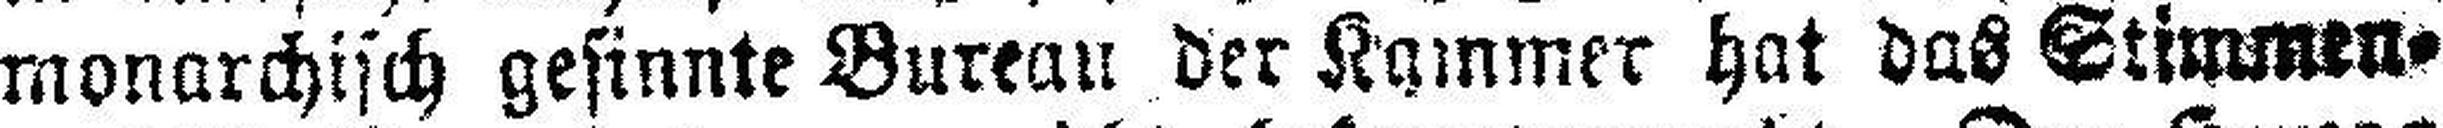
monarchisch gesinnte Bureau der Kammer hat das Stimmen¬